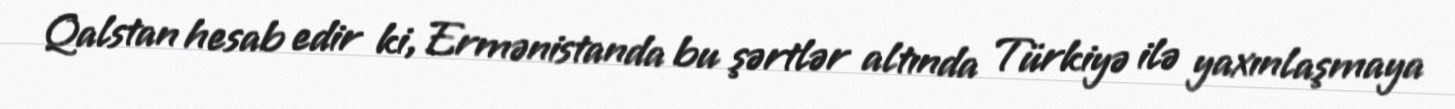
Qalstan hesab edir ki, Ermənistanda bu şərtlər altında Türkiyə ilə yaxınlaşmaya